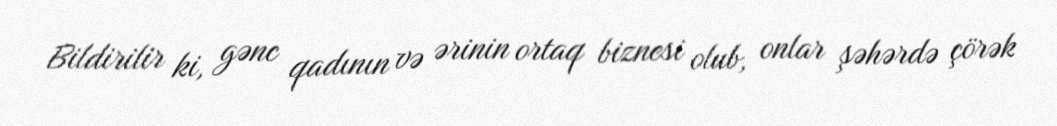
Bildirilir ki, gənc qadının və ərinin ortaq biznesi olub, onlar şəhərdə çörək